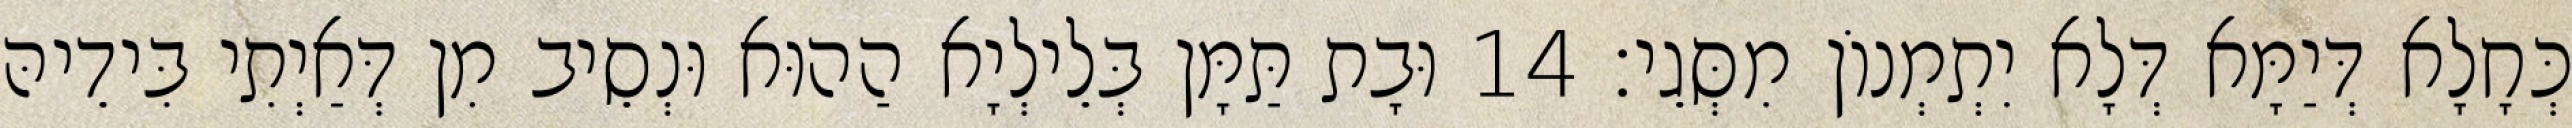
כְּחָלָא דְּיַמָּא דְּלָא יִתְמְנוֹן מִסְּגֵי׃ 14 וּבָת תַּמָּן בְּלֵילְיָא הַהוּא וּנְסֵיב מִן דְּאַיְתִי בִּידֵיהּ